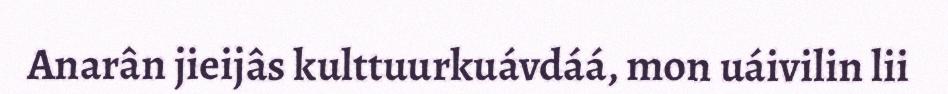
Anarân jieijâs kulttuurkuávdáá, mon uáivilin lii